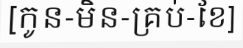
[កូន-មិន-គ្រប់-ខែ]